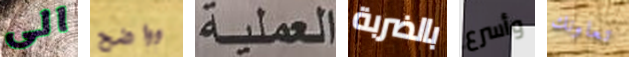
الى وواضح العملية بالضربة وأسرع تعاونك